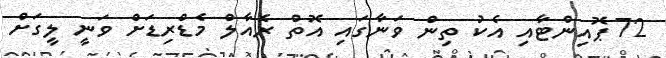
72 ޕޮއިންޓާއި އެކު ތިން ވަނާގައި އޮތް ރެއާލް މެޑްރިޑަށް ވަނީ ލީގަށް